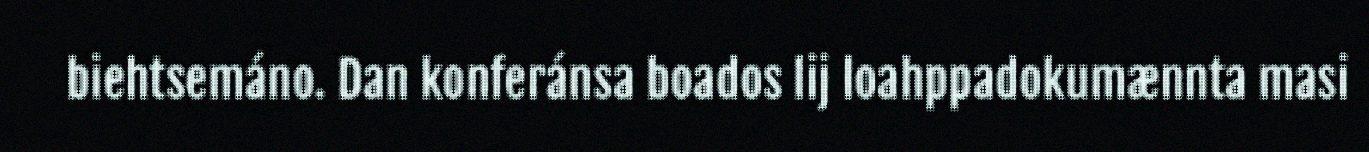
biehtsemáno. Dan konferánsa boados lij loahppadokumænnta masi